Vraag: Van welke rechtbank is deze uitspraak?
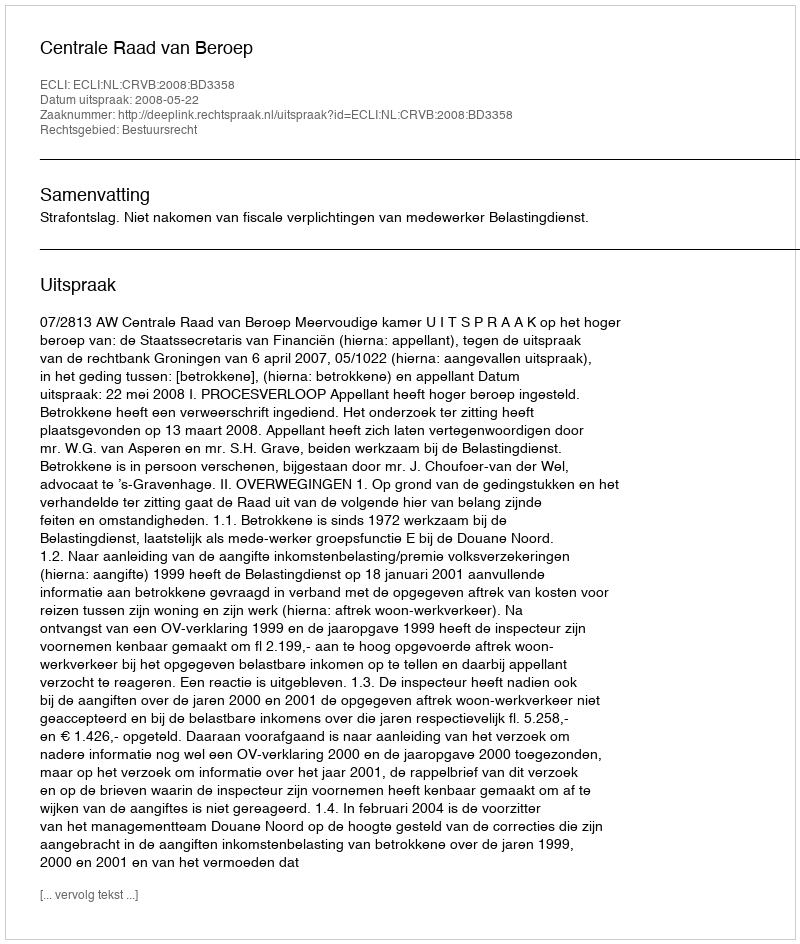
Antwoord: Centrale Raad van Beroep